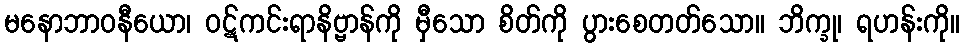
မနောဘာဝနီယော၊ ဝဋ်ကင်းရာနိဗ္ဗာန်ကို မှီသော စိတ်ကို ပွားစေတတ်သော။ ဘိက္ခု၊ ရဟန်းကို။